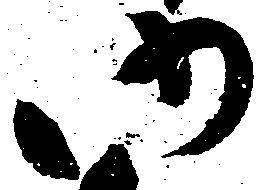
仍